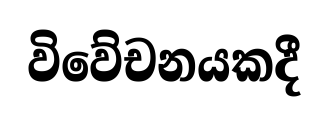
විවේචනයකදී